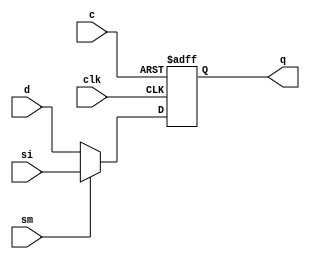
module fj_dff_ec_muxscan(q, d, si, sm, clk, c);
output q; 
input  d, si, sm, clk, c;
       reg q;
        always @(posedge clk or posedge c) begin
		if (c)
		  	q <= #1 1'b0;	
                else if (sm==1'b0) 
		  	q <= #1 d;
                else if (sm==1'b1)
		  	q <= #1 si;
                else    q <= #1 1'bx;
        end
endmodule